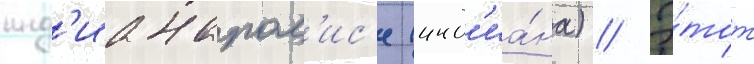
инд'ианапол'ис'е (инд'иа́на) // Э́тот